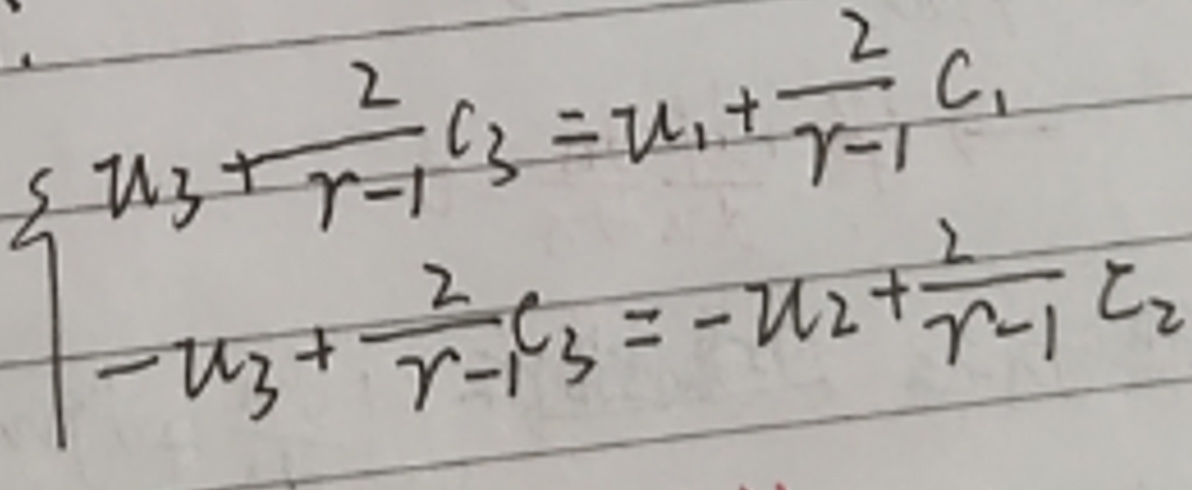
\[
\begin{cases}
u_3+\frac{2}{\gamma - 1}c_3=u_1+\frac{2}{\gamma - 1}c_1\\
 - u_3+\frac{2}{\gamma - 1}c_3=-u_2+\frac{2}{\gamma - 1}c_2
\end{cases}
\]